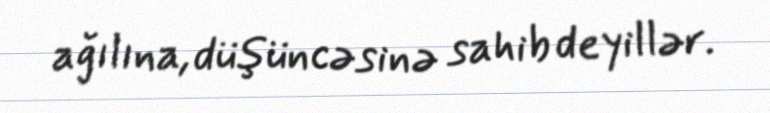
ağılına, düşüncəsinə sahib deyillər.